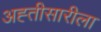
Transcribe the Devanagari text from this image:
अह्तीसारीला